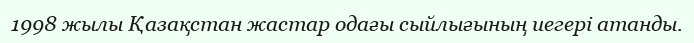
1998 жылы Қазақстан жастар одағы сыйлығының иегері атанды.